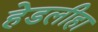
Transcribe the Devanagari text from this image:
हेडलीहा